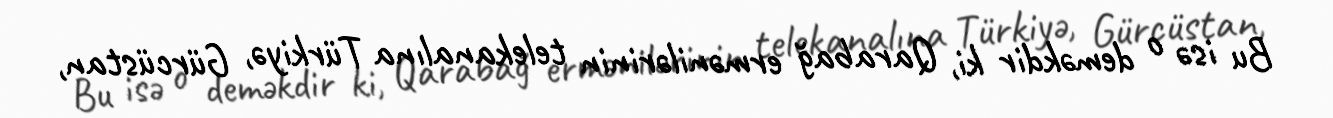
Bu isə o deməkdir ki, Qarabağ ermənilərinin telekanalına Türkiyə, Gürcüstan,